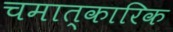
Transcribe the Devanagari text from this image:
चमात्कारिक